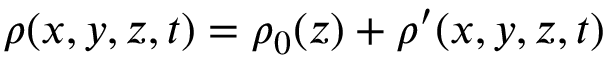
\rho ( x , y , z , t ) = \rho _ { 0 } ( z ) + \rho ^ { \prime } ( x , y , z , t )